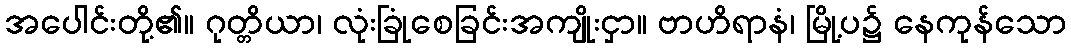
အပေါင်းတို့၏။ ဂုတ္တိယာ၊ လုံးခြုံစေခြင်းအကျိုးငှာ။ ဗာဟိရာနံ၊ မြို့ပ၌ နေကုန်သော